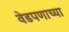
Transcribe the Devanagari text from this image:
वेडपणाच्या